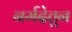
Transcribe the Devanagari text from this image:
नर्मदेतून